Leaving Certificate Examination, 1910
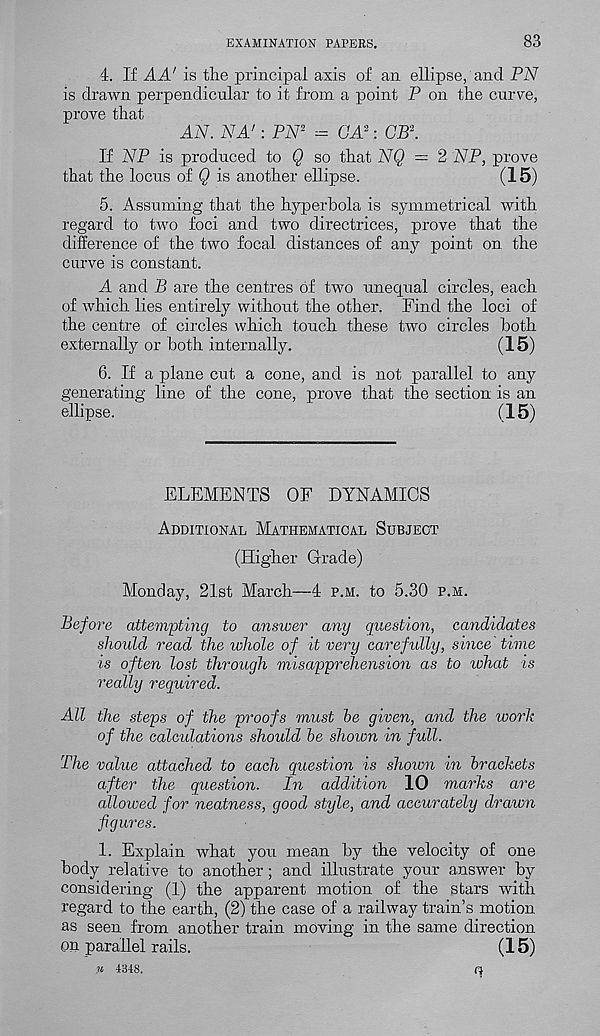
EXAMINATION PAPERS.
83
4. If AA' is the principal axis of an ellipse, and PiV
is drawn perpendicular to it from a point P on the curve,
prove that
AN. NA' : PN 2 -= (JA: 2 : OP 3 .
If NP is produced to Q so that NQ = 2 NP, prove
that the locus of Q is another ellipse.
(15)
5. Assuming that the hyperbola is symmetrical with
regard to two foci and two directrices, prove that the
difference of the two focal distances of any point on the
curve is constant.
A and B are the centres of two unequal circles, each
of which lies entirely without the other. Find the loci of
the centre of circles which touch these two circles both
externally or both internally.
(15)
6. If a plane cut a cone, and is not parallel to any
generating line of the cone, prove that the section is an
ellipse.
(15)
ELEMENTS OF DYNAMICS
Additional Mathematical Subject
(Higher Grade)
Monday, 21st March—4 p.h. to 5.30 p.m.
Before attevipting to answer any question, candidates
should read the whole of it very carefully, since time
is often lost through misapprehension as to what is
really required.
All the steps of the proofs must be given, and the work
of the calculations should be shoion in full.
The value attached to each question is shown in brackets
after the question. In addition 10 marks are
allowed for neatness, good style, and accurately drawn
figures.
1. Explain what you mean by the velocity of one
body relative to another; and illustrate your answer by
considering (1) the apparent motion of the stars with
regard to the earth, (2) the case of a railway train’s motion
as seen from another train moving in the same direction
on parallel rails.
(15)
It 4348.
q